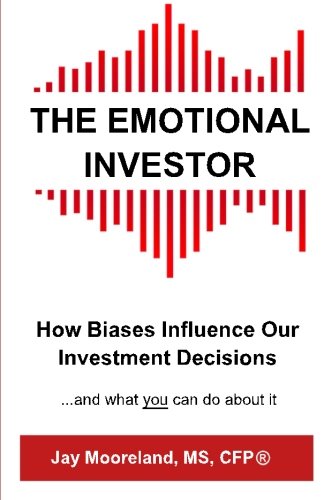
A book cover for The Emotional Investor: How Biases Influence Your Investment Decisions...And What You Can Do About It; Jay Mooreland; Business & Money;